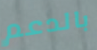
بالدعم